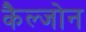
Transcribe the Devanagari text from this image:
कैल्जोन